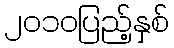
၂၀၁၀ပြည့်နှစ်